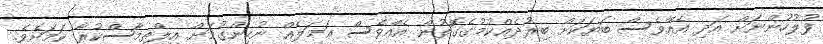
ފުލުހުންނަށް އަދި އެއްވެސް ބަޔަކަށް ބިރުދެއްކުމުގެގޮތުން އެއްވެސް ޢަމަލެއް ނުހިންގުމަށް އިލްތިމާސްކުރާ ކަމަށެވެ.